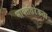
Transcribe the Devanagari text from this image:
भावातिरेकता